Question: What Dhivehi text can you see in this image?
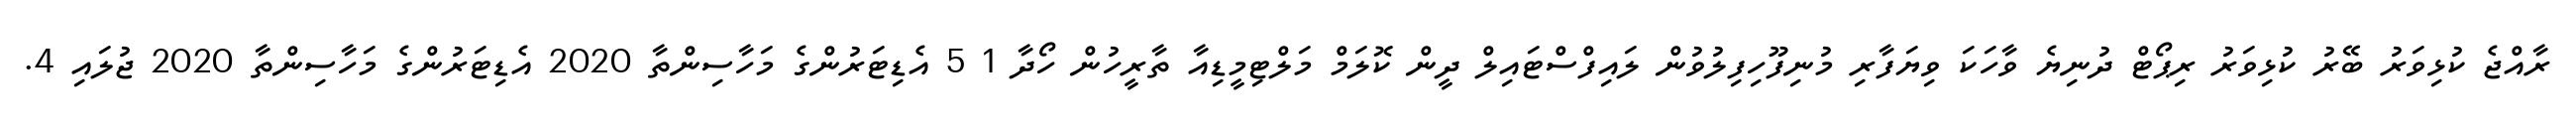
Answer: ރާއްޖެ ކުޅިވަރު ބޭރު ކުޅިވަރު ރިޕޯޓް ދުނިޔެ ވާހަކަ ވިޔަފާރި މުނިފޫހިފިލުވުން ލައިފްސްޓައިލް ދީން ކޮލަމް މަލްޓިމީޑިއާ ތާރީހުން ހޯދާ 1 5 އެޑިޓަރުންގެ މަހާސިންތާ 2020 އެޑިޓަރުންގެ މަހާސިންތާ 2020 ޖުލައި 4.